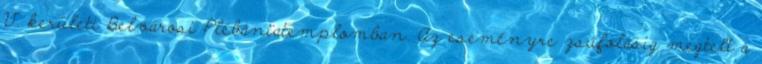
V. kerületi Belvárosi Plébániatemplomban. Az eseményre zsúfolásig megtelt a